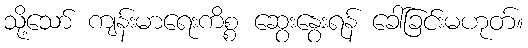
သို့သော် ကျန်းမာရေးကိစ္စ ဆွေးနွေးရန် ခေါ်ခြင်းမဟုတ်။